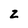
Character: z